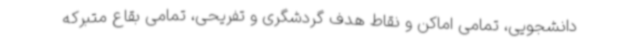
دانشجویی، تمامی اماکن و نقاط هدف گردشگری و تفریحی، تمامی بقاع متبرکه